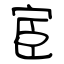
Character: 宦